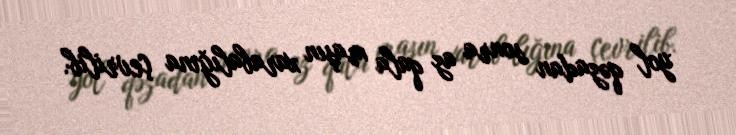
yol qəzadan sonra az qala maşın xarabalığına çevrilib.